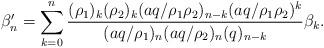
LaTeX: \begin{align*} \beta'_n = \sum_{k=0}^n\frac{(\rho_1)_k(\rho_2)_k(aq/\rho_1 \rho_2)_{n-k} (aq/\rho_1 \rho_2)^k}{(aq/\rho_1)_n(aq/\rho_2)_n(q)_{n-k}} \beta_k.\end{align*}